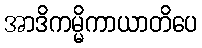
အာဒိကမ္မိကာယာတိပေ